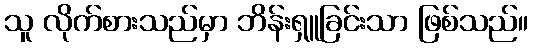
သူ လိုက်စားသည်မှာ ဘိန်းရှူခြင်းသာ ဖြစ်သည်။